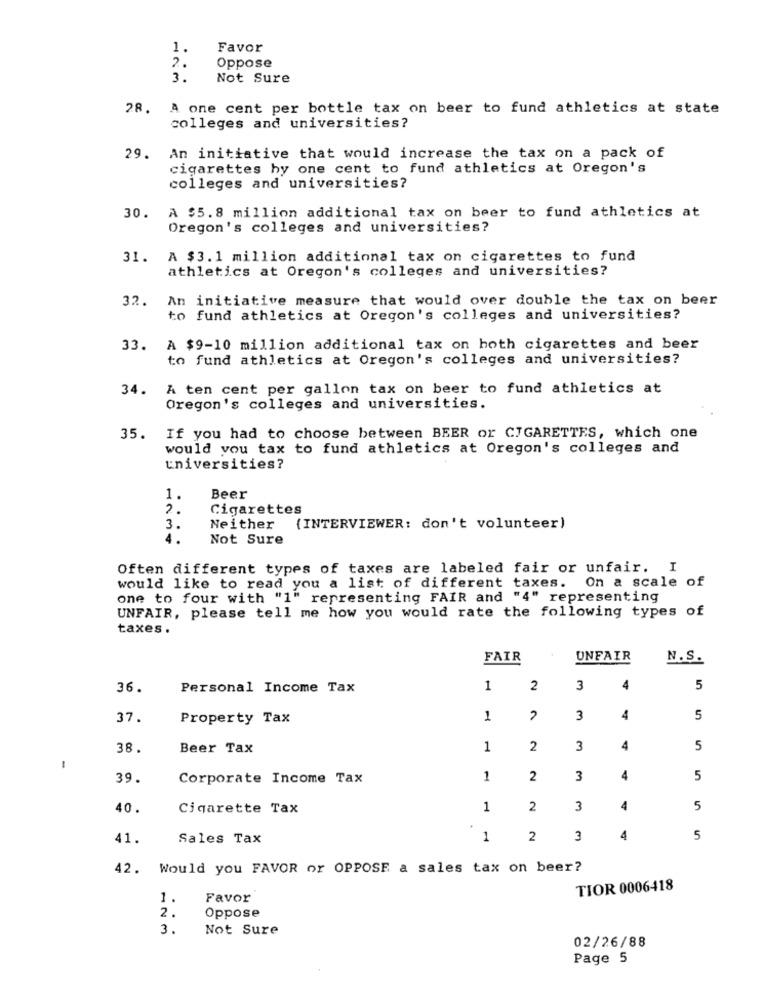
1.
Favor
Oppose
2.
3.
Not Sure
28. A one cent per bottle tax on beer to fund athletics at state
colleges and universities?
29. An initiative that would increase the tax on a pack of
cigarettes hy one cent to fund athletics at Oregon's
colleges and universities?
A $5.8 million additional tax on beer to fund athletics at
30.
Oregon's colleges and universities?
31.
A $3.1 million additional tax on cigarettes to fund
athletics at Oregon's colleges and universities?
32.
An initiative measure that would over double the tax on beer
to fund athletics at Oregon's colleges and universities?
33.
A $9-10 million additional tax on hoth cigarettes and beer
to fund athletics at Oregon's colleges and universities?
34.
A ten cent per gallon tax on beer to fund athletics at
Oregon's colleges and universities.
35.
If you had to choose between BEER or CIGARETTES, which one
would you tax to fund athletics at Oregon's colleges and
universities?
1.
Beer
2.
Cigarettes
3.
Neither
(INTERVIEWER: don't volunteer)
4.
Not Sure
Often different types of taxes are labeled fair or unfair. I
would like to read you a list of different taxes. On a scale of
one to four with "1" representing FAIR and "4" representing
UNFAIR, please tell me how you would rate the following types of
taxes.
FAIR
UNFAIR
N.S.
36.
Personal Income Tax
1
2
3
4
5
37.
Property Tax
1
3
4
5
38.
Beer Tax
1
2
3
4
5
-
39.
Corporate Income Tax
1
2
3
4
5
40.
Cigarette Tax
1
2
3
4
5
41.
Sales Tax
1
2
3
4
5
42. Would you FAVOR or OPPOSE a sales tax on beer?
TIOR 0006418
1.
Favor
2.
Oppose
3.
Not Sure
02/26/88
Page 5